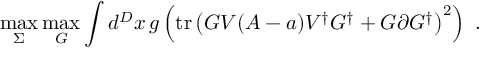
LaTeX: \operatorname * { m a x } _ { \Sigma } \operatorname * { m a x } _ { G } \int d ^ { D } x \, g \left( \mathrm { t r } \left( G V ( A - a ) V ^ { \dagger } G ^ { \dagger } + G \partial G ^ { \dagger } \right) ^ { 2 } \right) \ .